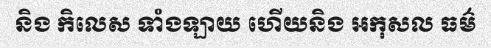
និង កិលេស ទាំងឡាយ ហើយនិង អកុសល ធម៌